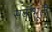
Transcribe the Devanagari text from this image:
सर्वाभूतीं